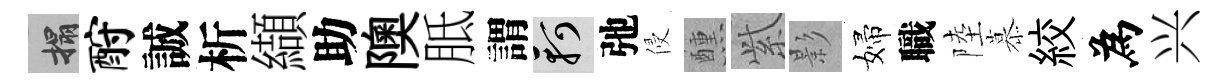
搨酹誠析纈助隩胝謂軻弛侵醺𬗋影婦職陸慕絞為兴